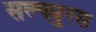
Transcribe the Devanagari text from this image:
सल्फ्युरस